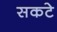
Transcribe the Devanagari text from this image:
सकटे